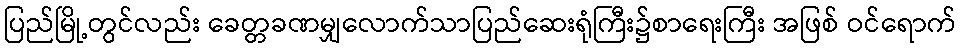
ပြည်မြို့တွင်လည်း ခေတ္တခဏမျှလောက်သာပြည်ဆေးရုံကြီး၌စာရေးကြီး အဖြစ် ဝင်ရောက်